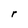
Character: r